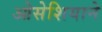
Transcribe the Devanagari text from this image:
ओसेशियाने